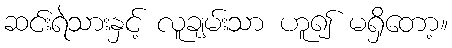
ဆင်းရဲသားနှင့် လူချမ်းသာ ဟူ၍ မရှိတော့။